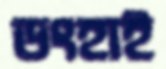
ডংহাই